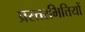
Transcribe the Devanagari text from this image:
प्रस्तरभित्तियों